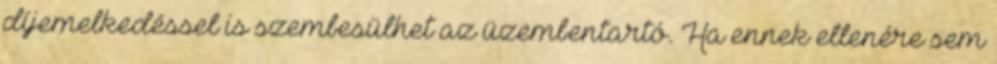
díjemelkedéssel is szembesülhet az üzembentartó. Ha ennek ellenére sem